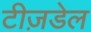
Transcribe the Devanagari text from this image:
टीज़डेल